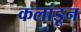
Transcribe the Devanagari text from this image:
कलांडून